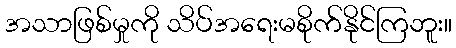
အသာဖြစ်မှုကို သိပ်အရေးမစိုက်နိုင်ကြဘူး။